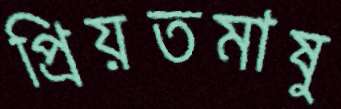
প্রিয়তমাষু